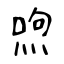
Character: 喣